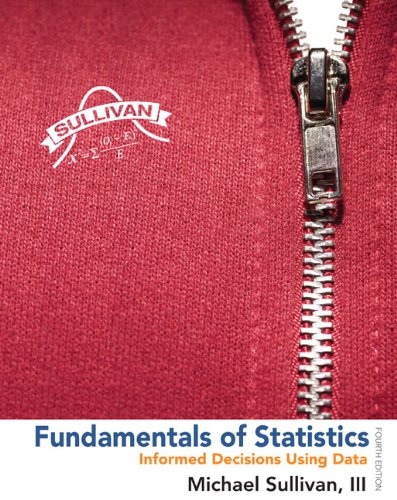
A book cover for Fundamentals of Statistics (4th Edition); Michael Sullivan III; Science & Math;